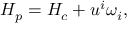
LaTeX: H _ { p } = H _ { c } + u ^ { i } \omega _ { i } ,